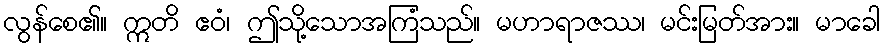
လွန်စေ၏။ ဣတိ ဧဝံ၊ ဤသို့သောအကြံသည်။ မဟာရာဇဿ၊ မင်းမြတ်အား။ မာခေါ